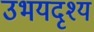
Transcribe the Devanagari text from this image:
उभयदृश्य